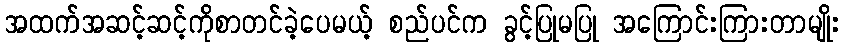
အထက်အဆင့်ဆင့်ကိုစာတင်ခဲ့ပေမယ့် စည်ပင်က ခွင့်ပြုမပြု အကြောင်းကြားတာမျိုး